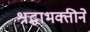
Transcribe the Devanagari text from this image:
श्रद्धाभक्तीने